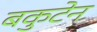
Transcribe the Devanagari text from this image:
बकुटेन